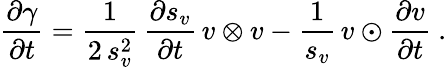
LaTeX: \frac{\partial\gamma}{\partial t}=\frac 1{2\, s_{v}^{2}}\, \frac{\partial s_{v}}{\partial t}\, v\otimes v-\frac 1{s_{v}}\, v\odot\frac{\partial v}{\partial t}\ .